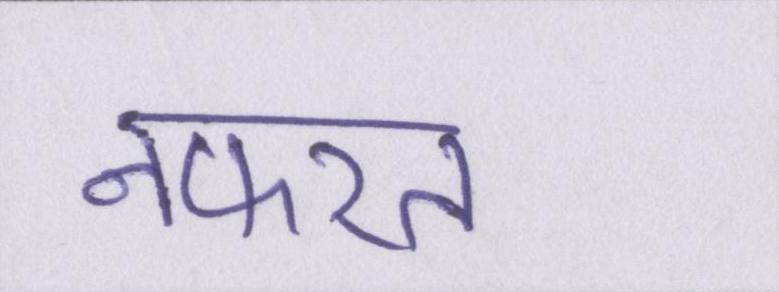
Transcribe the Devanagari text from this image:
नफरत